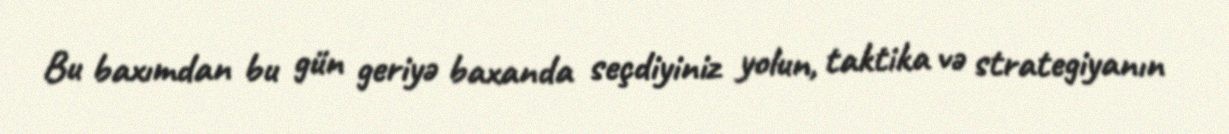
Bu baxımdan bu gün geriyə baxanda seçdiyiniz yolun, taktika və strategiyanın